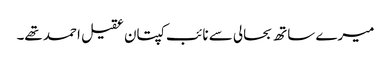
میرے ساتھ بحالی سے نائب کپتان عقیل احمد تھے۔